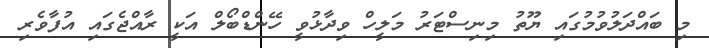
މި ބައްދަލުވުމުގައި ޔޫތު މިނިސްޓަރު މަލީހް ވިދާޅުވީ ހޭންޑްބޯލް އަކީ ރާއްޖެގައި އުފާވެރި